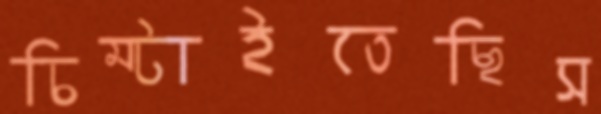
চিম্‌টাইতেছিস